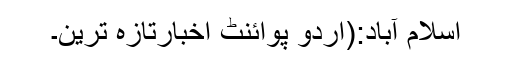
اسلام آباد:(اُردو پوائنٹ اخبارتازہ ترین۔